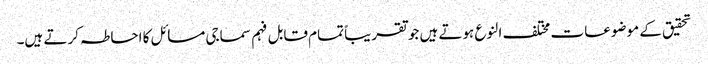
تحقیق کے موضوعات مختلف النوع ہوتے ہیں جو تقریباً تمام قابل فہم سماجی مسائل کا احاطہ کرتے ہیں۔